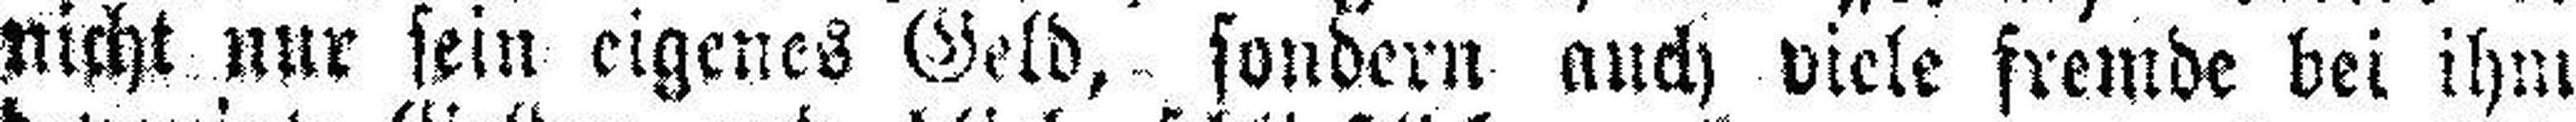
picht nur sein eigenes Geld, sondern auch viele fremde bei ihm